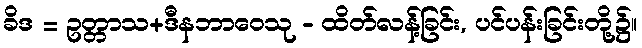
ခိဒ = ဥတ္တာသ+ဒီနဘာဝေသု - ထိတ်လန့်ခြင်း, ပင်ပန်းခြင်းတို့၌။